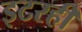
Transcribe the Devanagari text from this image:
इटरही